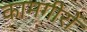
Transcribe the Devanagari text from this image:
कामगीरों